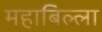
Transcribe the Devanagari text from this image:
महाबिल्ला